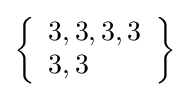
\left\{{\begin{array}{l}3,3,3,3\\3,3\end{array}}\right\}